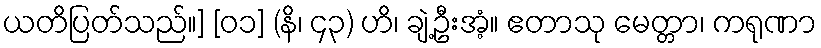
ယတိပြတ်သည်။] [၀၁] (နိ၊ ၄၃) ဟိ၊ ချဲ့ဦးအံ့။ ဧတာသု မေတ္တာ၊ ကရုဏာ